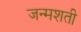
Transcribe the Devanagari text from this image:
जन्‍मशती